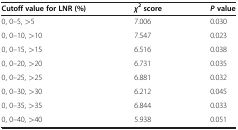
<table><thead><tr><td><b>Cutoff value for LNR (%)</b></td><td><b><i>χ</i><sup>2</sup>score</b></td><td><b><i>P</i> value</b></td></tr></thead><tbody><tr><td>0, 0–5, &gt;5</td><td>7.006</td><td>0.030</td></tr><tr><td>0, 0–10, &gt;10</td><td>7.547</td><td>0.023</td></tr><tr><td>0, 0–15, &gt;15</td><td>6.516</td><td>0.038</td></tr><tr><td>0, 0–20, &gt;20</td><td>6.731</td><td>0.035</td></tr><tr><td>0, 0–25, &gt;25</td><td>6.881</td><td>0.032</td></tr><tr><td>0, 0–30, &gt;30</td><td>6.212</td><td>0.045</td></tr><tr><td>0, 0–35, &gt;35</td><td>6.844</td><td>0.033</td></tr><tr><td>0, 0–40, &gt;40</td><td>5.938</td><td>0.051</td></tr></tbody></table>